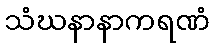
သံဃနာနာကရဏံ